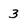
Character: 3